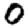
Digit: 0